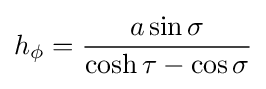
h_{\phi }={\frac {a\sin \sigma }{\cosh \tau -\cos \sigma }}